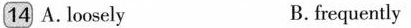
14 A. loosely B.frequently